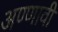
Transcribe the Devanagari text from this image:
अण्णावी